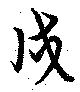
戍